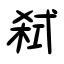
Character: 弑